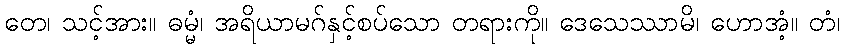
တေ၊ သင့်အား။ ဓမ္မံ၊ အရိယာမဂ်နှင့်စပ်သော တရားကို။ ဒေသေဿာမိ၊ ဟောအံ့။ တံ၊